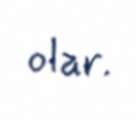
olar.